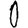
Digit: 0